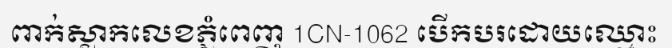
ពាក់ស្លាកលេខភ្នំពេញ 1CN-1062 បើកបរដោយឈ្មោះ